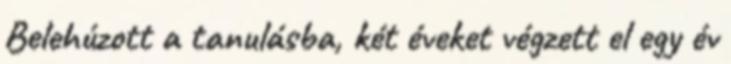
Belehúzott a tanulásba, két éveket végzett el egy év